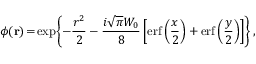
\phi ( \mathbf { r } ) \! = \! \exp \! \left\{ - \frac { r ^ { 2 } } { 2 } - \frac { i \sqrt { \pi } W _ { 0 } } { 8 } \left[ \mathrm { e r f } \left( \frac { x } { 2 } \right) + \mathrm { e r f } \left( \frac { y } { 2 } \right) \right] \right\} ,